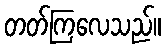
တတ်ကြလေသည်။